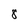
Character: 8